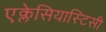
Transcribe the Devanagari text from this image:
एक्लेसियास्टिसी